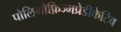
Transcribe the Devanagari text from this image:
पोलिमोर्फ़िज्मप्रेडीकेटिव